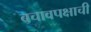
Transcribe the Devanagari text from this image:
बचावपक्षाची